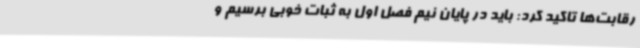
رقابت‌ها تاکید کرد: باید در پایان نیم فصل اول به ثبات خوبی برسیم و